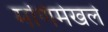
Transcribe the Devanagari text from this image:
मणिमेखले